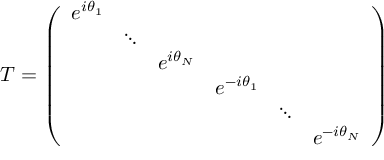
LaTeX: T = \left( \begin{array} { c c c c c c } { { e ^ { i \theta _ { 1 } } } } & { { } } & { { } } & { { } } & { { } } & { { } } \\ { { } } & { { \ddots } } & { { } } & { { } } & { { } } & { { } } \\ { { } } & { { } } & { { e ^ { i \theta _ { N } } } } & { { } } & { { } } & { { } } \\ { { } } & { { } } & { { } } & { { e ^ { - i \theta _ { 1 } } } } & { { } } & { { } } \\ { { } } & { { } } & { { } } & { { } } & { { \ddots } } & { { } } \\ { { } } & { { } } & { { } } & { { } } & { { } } & { { e ^ { - i \theta _ { N } } } } \end{array} \right)